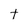
Character: t